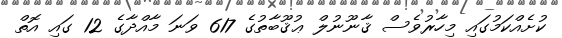
ކުށެއްކަމުގައި މިހާރުވެސް ޤާނޫނުލް ޢުޤޫބާތުގެ 617 ވަނަ މާއްދާގެ 12 ގައި އޮތް